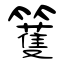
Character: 籆